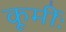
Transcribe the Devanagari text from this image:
कूर्मीः